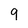
Character: 9